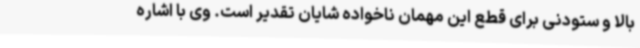
بالا و ستودنی برای قطع این مهمان ناخواده شایان تقدیر است. وی با اشاره